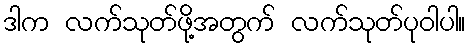
ဒါက လက်သုတ်ဖို့အတွက် လက်သုတ်ပုဝါပါ။